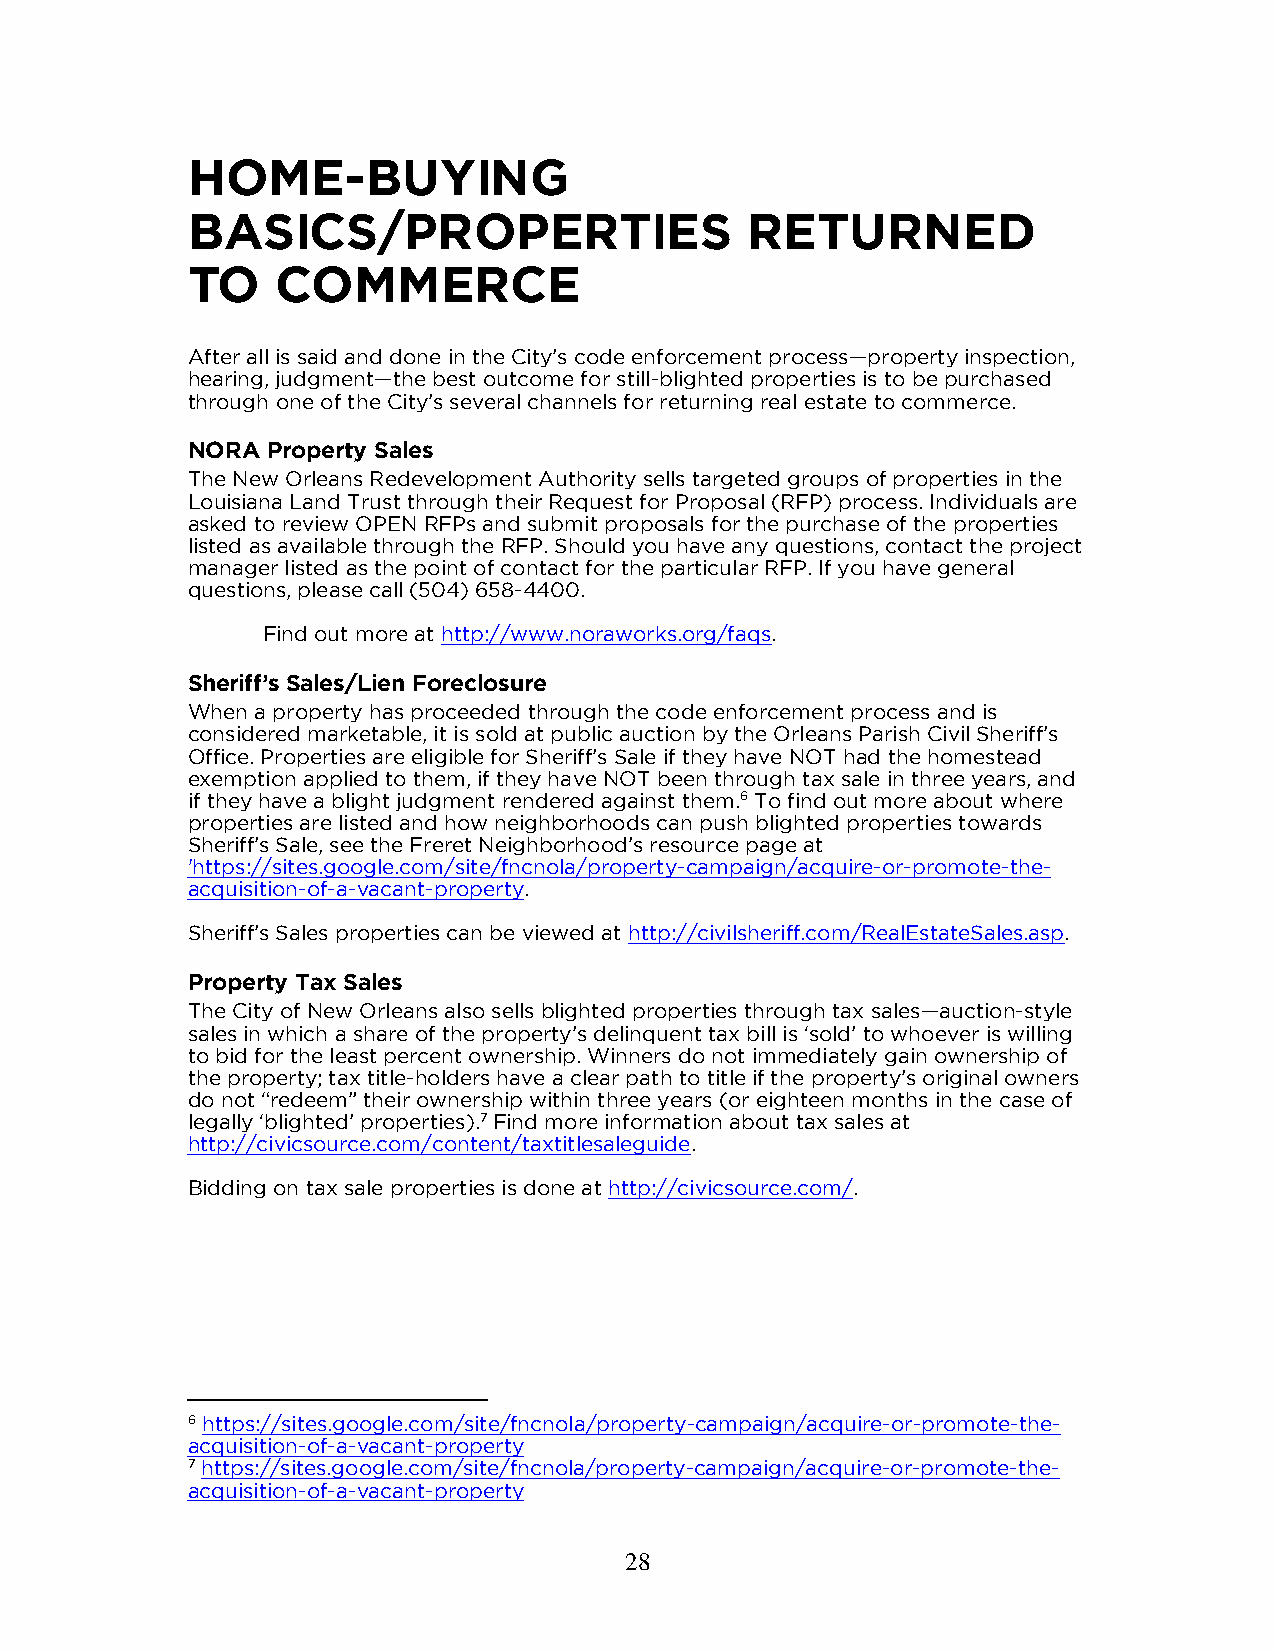
HOME-BUYING
 BASICS/PROPERTIES                    RETURNED
 TO    COMMERCE
 After all is said and done in the City’s code enforcement process—property inspection,
 hearing, judgment—the best outcome for still-blighted properties is to be purchased
 through one of the City’s several channels for returning real estate to commerce.
 NORA  Property Sales
 The New Orleans Redevelopment Authority sells targeted groups of properties in the
 Louisiana Land Trust through their Request for Proposal (RFP) process. Individuals are
 asked to review OPEN RFPs and submit proposals for the purchase of the properties
 listed as available through the RFP. Should you have any questions, contact the project
 manager listed as the point of contact for the particular RFP. If you have general
 questions, please call (504) 658-4400.
 Find out more at http://www.noraworks.org/faqs.
 Sheriff’s Sales/Lien Foreclosure
 When a property has proceeded through the code enforcement process and is
 considered marketable, it is sold at public auction by the Orleans Parish Civil Sheriff’s
 Office. Properties are eligible for Sheriff’s Sale if they have NOT had the homestead
 exemption applied to them, if they have NOT been through tax sale in three years, and
 if they have a blight judgment rendered against them.6 To find out more about where
 properties are listed and how neighborhoods can push blighted properties towards
 Sheriff’s Sale, see the Freret Neighborhood’s resource page at
 'https://sites.google.com/site/fncnola/property-campaign/acquire-or-promote-the-
 acquisition-of-a-vacant-property.
 Sheriff’s Sales properties can be viewed at http://civilsheriff.com/RealEstateSales.asp.
 Property Tax Sales
 The City of New Orleans also sells blighted properties through tax sales—auction-style
 sales in which a share of the property’s delinquent tax bill is ‘sold’ to whoever is willing
 to bid for the least percent ownership. Winners do not immediately gain ownership of
 the property; tax title-holders have a clear path to title if the property’s original owners
 do not “redeem” their ownership within three years (or eighteen months in the case of
 legally ‘blighted’ properties).7 Find more information about tax sales at
 http://civicsource.com/content/taxtitlesaleguide.
 Bidding on tax sale properties is done at http://civicsource.com/.
 6 https://sites.google.com/site/fncnola/property-campaign/acquire-or-promote-the-
 acquisition-of-a-vacant-property
 7 https://sites.google.com/site/fncnola/property-campaign/acquire-or-promote-the-
 acquisition-of-a-vacant-property
 28